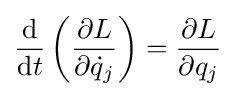
{\frac {\mathrm {d} }{\mathrm {d} t}}\left({\frac {\partial L}{\partial {\dot {q}}_{j}}}\right)={\frac {\partial L}{\partial q_{j}}}